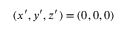
( x ^ { \prime } , y ^ { \prime } , z ^ { \prime } ) = ( 0 , 0 , 0 )